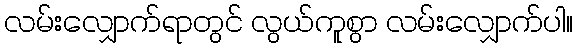
လမ်းလျှောက်ရာတွင် လွယ်ကူစွာ လမ်းလျှောက်ပါ။